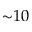
{ \sim } 1 0